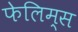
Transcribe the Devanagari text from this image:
फेलिम्स